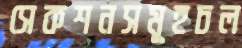
সেকশনসমূহচল